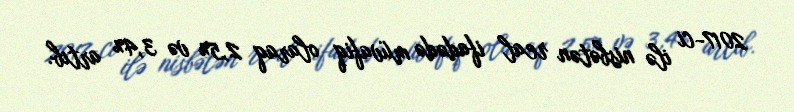
2017-ci ilə nisbətən real ifadədə müvafiq olaraq 2,5% və 3,4% artıb.